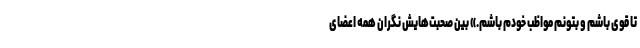
تا قوی باشم و بتونم مواظب خودم باشم.» بین صحبت‌هایش نگران همه‌ اعضای